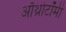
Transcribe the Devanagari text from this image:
ऑथ्रोटॉमी